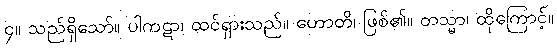
၄။ သည်ရှိသော်။ ပါကဋာ၊ ထင်ရှားသည်။ ဟောတိ၊ ဖြစ်၏။ တသ္မာ၊ ထိုကြောင့်။